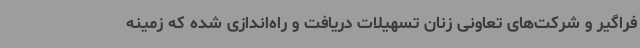
فراگیر و شرکت‌های تعاونی زنان تسهیلات دریافت و راه‌اندازی شده که زمینه